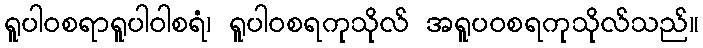
ရူပါဝစရာရူပါဝါစရံ၊ ရူပါဝစရကုသိုလ် အရူပဝစရကုသိုလ်သည်။